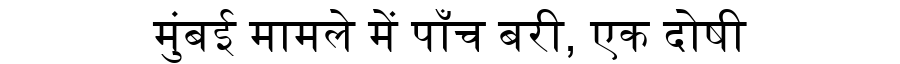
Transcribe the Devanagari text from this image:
मुंबई मामले में पाँच बरी, एक दोषी